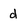
Character: d